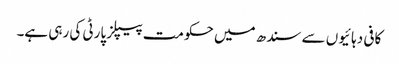
کافی دہائیوں سے سندھ میں حکومت پیپلز پارٹی کی رہی ہے۔